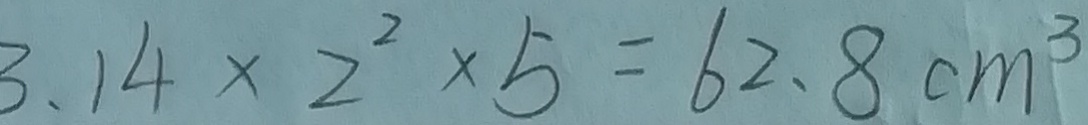
3 . 1 4 \times 2 ^ { 2 } \times 5 = 6 2 . 8 c m ^ { 3 }